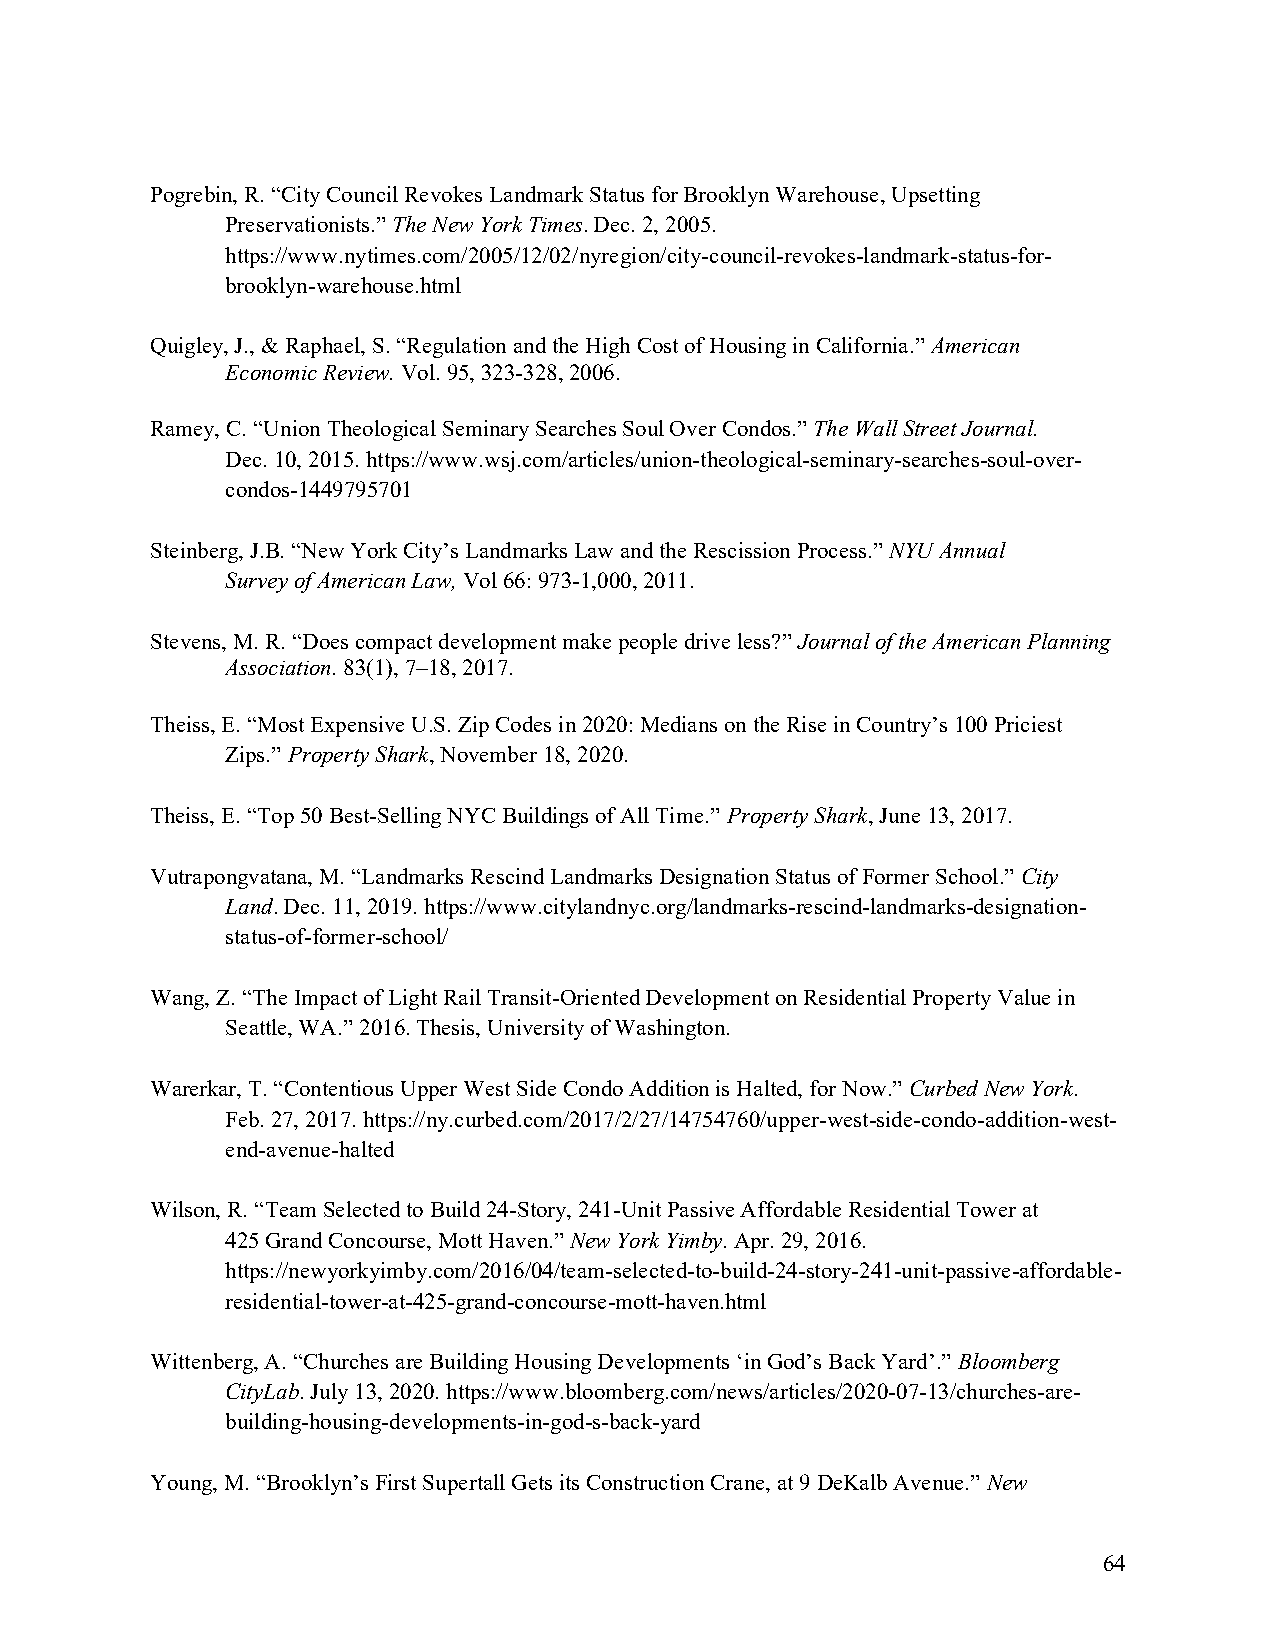
Pogrebin, R. “City Council Revokes Landmark Status for Brooklyn Warehouse, Upsetting
 Preservationists.” The New York Times. Dec. 2, 2005.
 https://www.nytimes.com/2005/12/02/nyregion/city-council-revokes-landmark-status-for-
 brooklyn-warehouse.html
 Quigley, J., & Raphael, S. “Regulation and the High Cost of Housing in California.” American
 Economic Review. Vol. 95, 323-328, 2006.
 Ramey, C. “Union Theological Seminary Searches Soul Over Condos.” The Wall Street Journal.
 Dec. 10, 2015. https://www.wsj.com/articles/union-theological-seminary-searches-soul-over-
 condos-1449795701
 Steinberg, J.B. “New York City’s Landmarks Law and the Rescission Process.” NYU Annual
 Survey of American Law, Vol 66: 973-1,000, 2011.
 Stevens, M. R. “Does compact development make people drive less?” Journal of the American Planning
 Association. 83(1), 7–18, 2017.
 Theiss, E. “Most Expensive U.S. Zip Codes in 2020: Medians on the Rise in Country’s 100 Priciest
 Zips.” Property Shark, November 18, 2020.
 Theiss, E. “Top 50 Best-Selling NYC Buildings of All Time.” Property Shark, June 13, 2017.
 Vutrapongvatana, M. “Landmarks Rescind Landmarks Designation Status of Former School.” City
 Land. Dec. 11, 2019. https://www.citylandnyc.org/landmarks-rescind-landmarks-designation-
 status-of-former-school/
 Wang, Z. “The Impact of Light Rail Transit-Oriented Development on Residential Property Value in
 Seattle, WA.” 2016. Thesis, University of Washington.
 Warerkar, T. “Contentious Upper West Side Condo Addition is Halted, for Now.” Curbed New York.
 Feb. 27, 2017. https://ny.curbed.com/2017/2/27/14754760/upper-west-side-condo-addition-west-
 end-avenue-halted
 Wilson, R. “Team Selected to Build 24-Story, 241-Unit Passive Affordable Residential Tower at
 425 Grand Concourse, Mott Haven.” New York Yimby. Apr. 29, 2016.
 https://newyorkyimby.com/2016/04/team-selected-to-build-24-story-241-unit-passive-affordable-
 residential-tower-at-425-grand-concourse-mott-haven.html
 Wittenberg, A. “Churches are Building Housing Developments ‘in God’s Back Yard’.” Bloomberg
 CityLab. July 13, 2020. https://www.bloomberg.com/news/articles/2020-07-13/churches-are-
 building-housing-developments-in-god-s-back-yard
 Young, M. “Brooklyn’s First Supertall Gets its Construction Crane, at 9 DeKalb Avenue.” New
 64